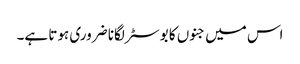
اس میں جنوں کا بوسٹر لگانا ضروری ہوتا ہے۔